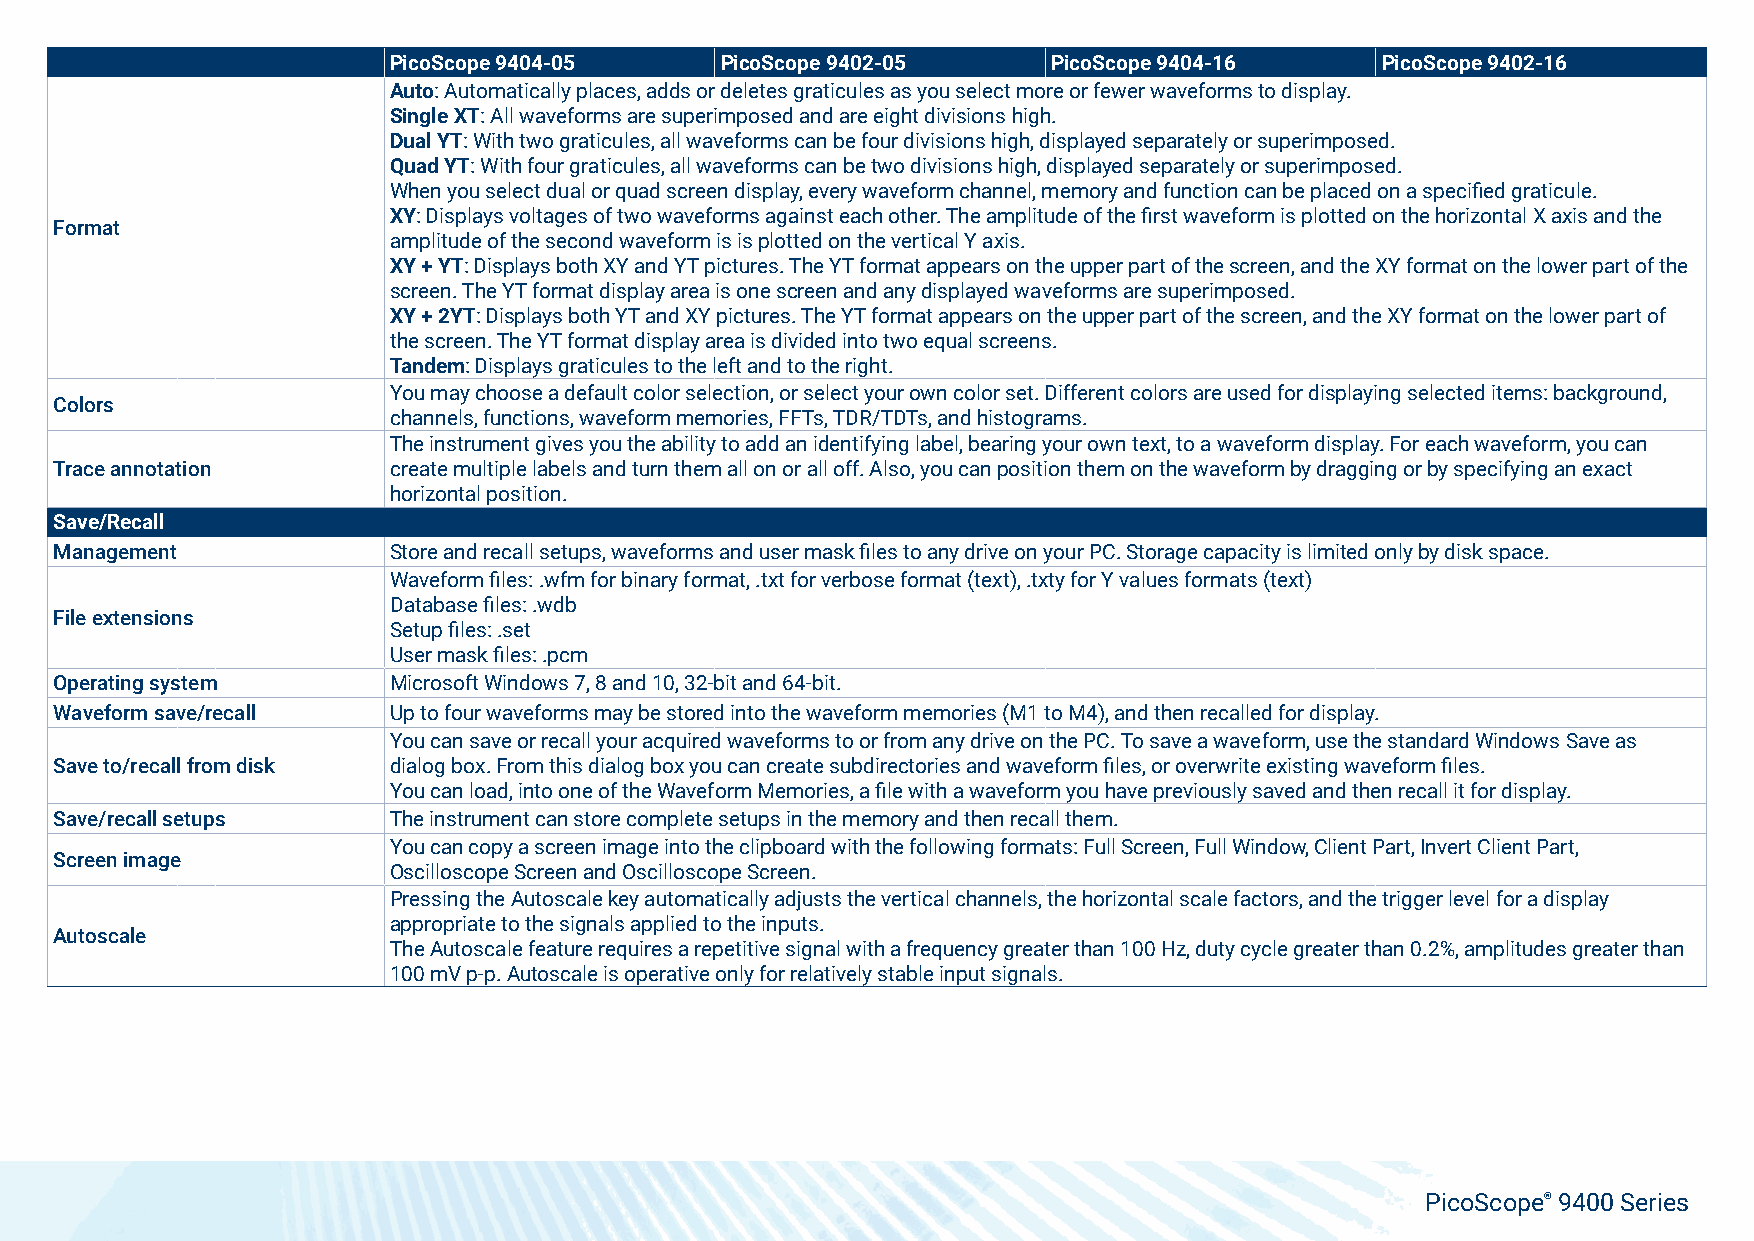
PicoScope 9404-05     PicoScope 9402-05     PicoScope 9404-16    PicoScope 9402-16
 Auto: Automatically places, adds or deletes graticules as you select more or fewer waveforms to display.
 Single XT: All waveforms are superimposed and are eight divisions high.
 Dual YT: With two graticules, all waveforms can be four divisions high, displayed separately or superimposed.
 Quad YT: With four graticules, all waveforms can be two divisions high, displayed separately or superimposed.
 When you select dual or quad screen display, every waveform channel, memory and function can be placed on a specified graticule.
 XY: Displays voltages of two waveforms against each other. The amplitude of the first waveform is plotted on the horizontal X axis and the
 Format
 amplitude of the second waveform is is plotted on the vertical Y axis.
 XY + YT: Displays both XY and YT pictures. The YT format appears on the upper part of the screen, and the XY format on the lower part of the
 screen. The YT format display area is one screen and any displayed waveforms are superimposed.
 XY + 2YT: Displays both YT and XY pictures. The YT format appears on the upper part of the screen, and the XY format on the lower part of
 the screen. The YT format display area is divided into two equal screens.
 Tandem: Displays graticules to the left and to the right.
 You may choose a default color selection, or select your own color set. Different colors are used for displaying selected items: background,
 Colors
 channels, functions, waveform memories, FFTs, TDR/TDTs, and histograms.
 The instrument gives you the ability to add an identifying label, bearing your own text, to a waveform display. For each waveform, you can
 Trace annotation      create multiple labels and turn them all on or all off. Also, you can position them on the waveform by dragging or by specifying an exact
 horizontal position.
 Save/Recall
 Management            Store and recall setups, waveforms and user mask files to any drive on your PC. Storage capacity is limited only by disk space.
 Waveform files: .wfm for binary format, .txt for verbose format (text), .txty for Y values formats (text)
 Database files: .wdb
 File extensions
 Setup files: .set
 User mask files: .pcm
 Operating system      Microsoft Windows 7, 8 and 10, 32-bit and 64-bit.
 Waveform save/recall  Up to four waveforms may be stored into the waveform memories (M1 to M4), and then recalled for display.
 You can save or recall your acquired waveforms to or from any drive on the PC. To save a waveform, use the standard Windows Save as
 Save to/recall from disk dialog box. From this dialog box you can create subdirectories and waveform files, or overwrite existing waveform files.
 You can load, into one of the Waveform Memories, a file with a waveform you have previously saved and then recall it for display.
 Save/recall setups    The instrument can store complete setups in the memory and then recall them.
 You can copy a screen image into the clipboard with the following formats: Full Screen, Full Window, Client Part, Invert Client Part,
 Screen image
 Oscilloscope Screen and Oscilloscope Screen.
 Pressing the Autoscale key automatically adjusts the vertical channels, the horizontal scale factors, and the trigger level for a display
 appropriate to the signals applied to the inputs.
 Autoscale
 The Autoscale feature requires a repetitive signal with a frequency greater than 100 Hz, duty cycle greater than 0.2%, amplitudes greater than
 100 mV p-p. Autoscale is operative only for relatively stable input signals.
 PicoScope® 9400 Series